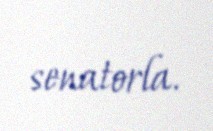
senatorla.